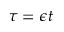
\tau = \epsilon t